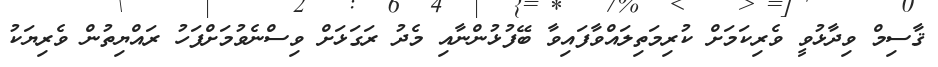
ޤާސިމް ވިދާޅުވީ ވެރިކަމަށް ކުރިމަތިލައްވާފައިވާ ބޭފުޅުންނާއި މެދު ރަގަޅަށް ވިސްނެވުމަށްފަހު ރައްޔިތުން ވެރިޔަކު